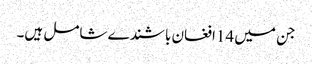
جن میں 14افغان باشندے شامل ہیں۔